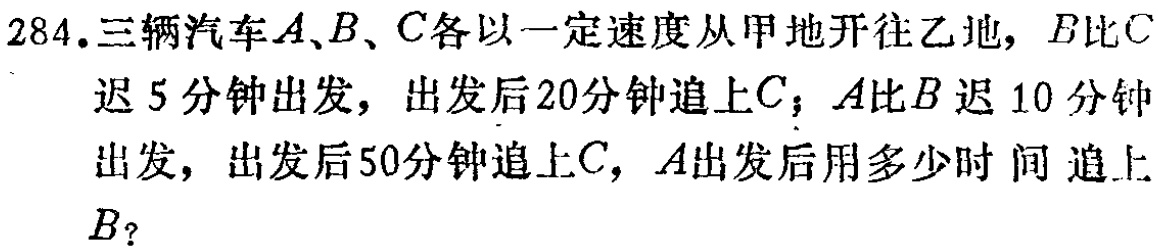
284.三辆汽车\(A\)、\(B\)、\(C\)各以一定速度从甲地开往乙地，\(B\)比\(C\)迟\(5\)分钟出发，出发后\(20\)分钟追上\(C\)；\(A\)比\(B\)迟\(10\)分钟出发，出发后\(50\)分钟追上\(C\)，\(A\)出发后用多少时 间 追上\(B\)？